Vaccine operations Central Provinces & Berar 1922-1929 - 1922-1929
Year: 1922
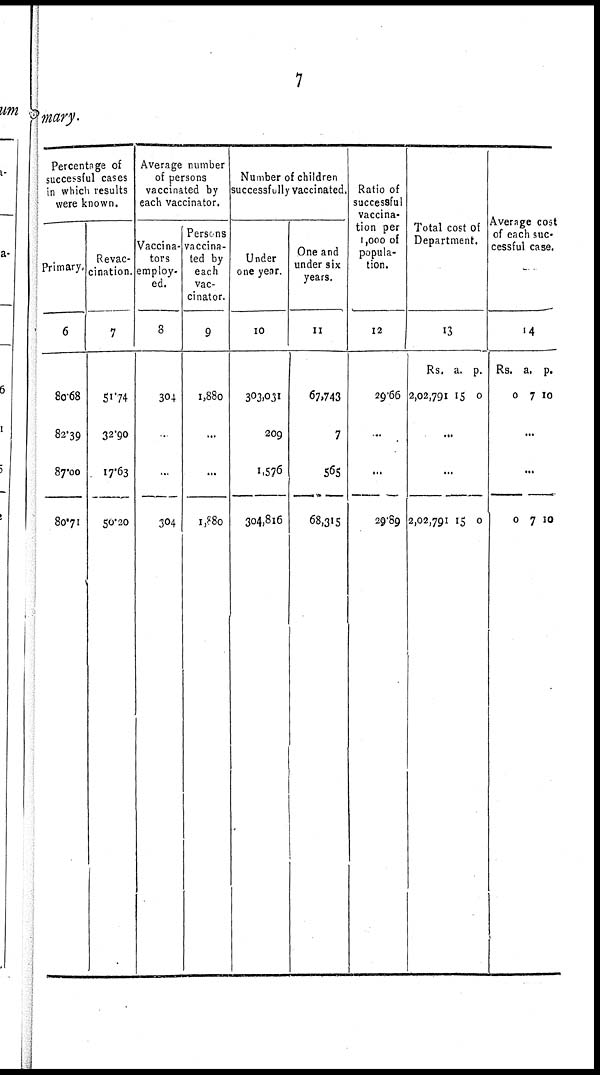
7
mary.
Percentage of
successful cases
in which results
were known.
Primary.
6
80.68
82.39
87.00
80.71
Revac-
cination.
7
51.74
32.90
17.63
50.20
Average number
of persons
vaccinated by
each vaccinator.
Vaccina-
tors
employ-
ed.
8
304
.
...
304
Persons
vaccina-
ted by
each
vac-
cinator.
9
1,880
...
...
1,880
Number of children
successfully vaccinated.
Under
one year.
10
303,031
209
1,576
304,816
One and
under six
years.
11
67,743
7
565
68,315
Ratio of
successful
vaccina-
tion per
1,000 of
popula-
tion.
12
29.66
..
...
29.89
Total cost of
Department.
13
Rs.
2,02,791
a.
15
p.
0
...
...
2,02,791 15 0
Average cost
of each suc-
cessful case.
14
Rs.
0
a.
7
p.
10
...
...
0 7 10